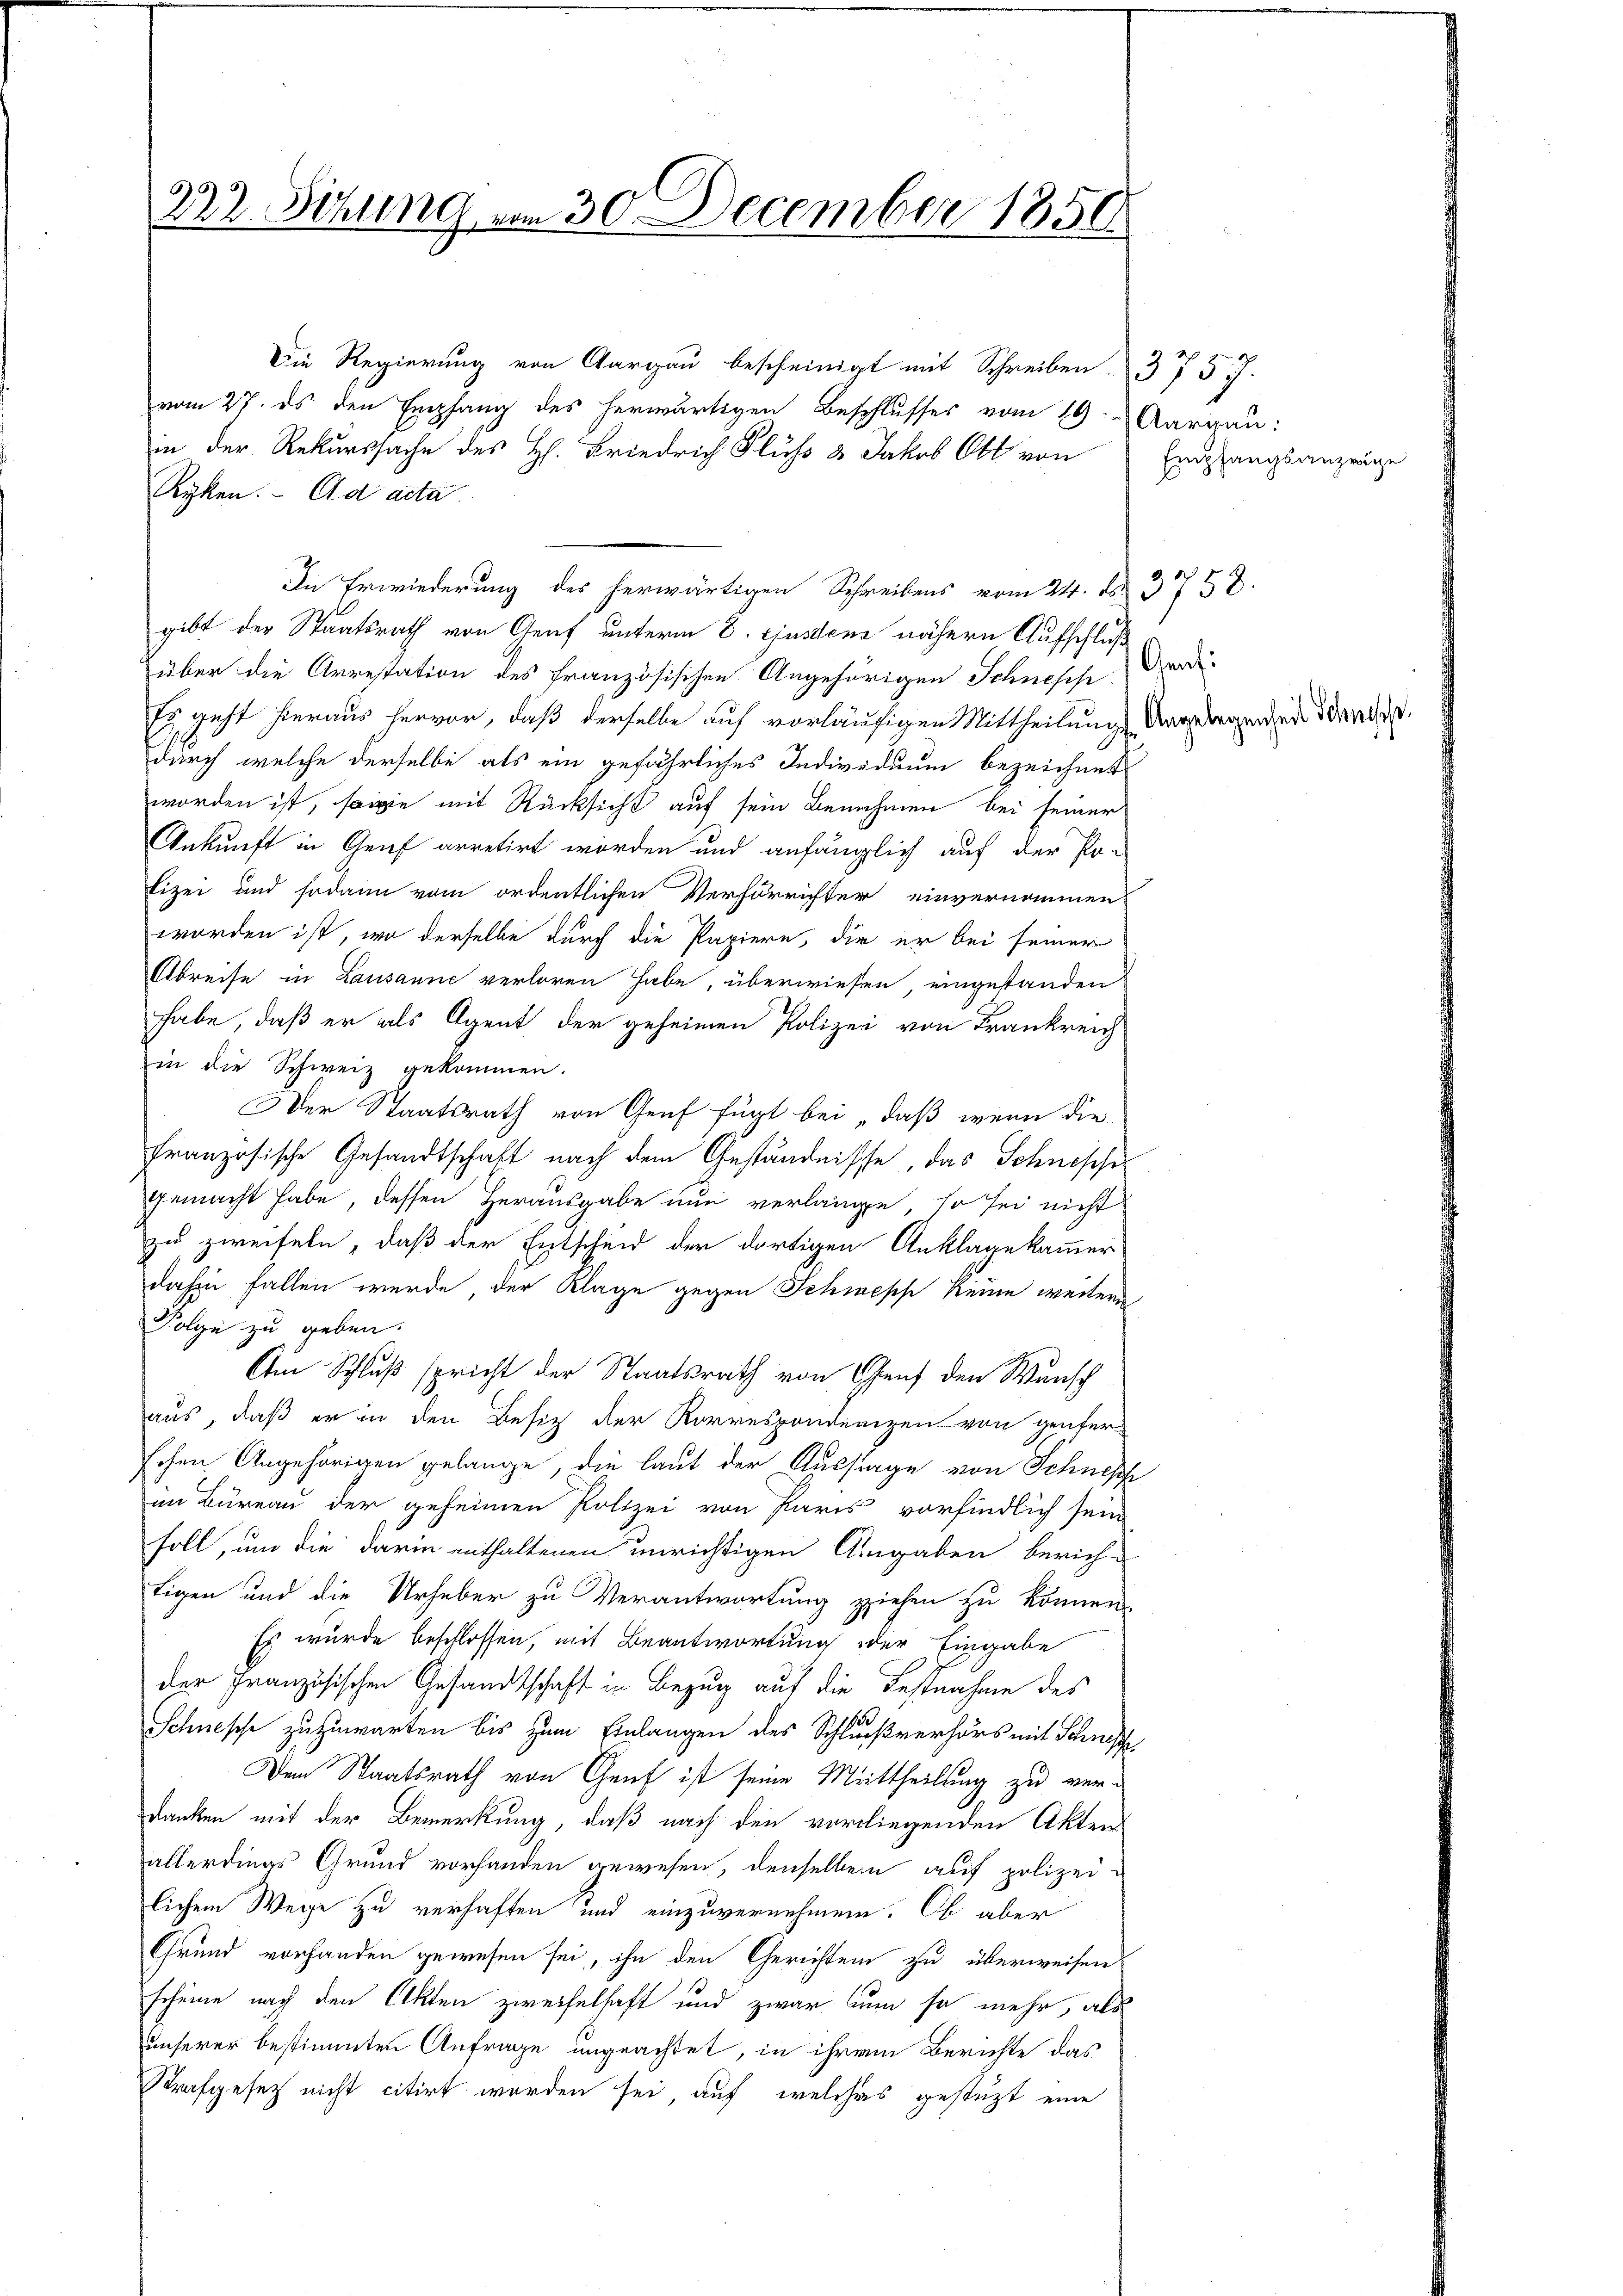
222. Sitzung vom 30. December 1850

Die Regierung von Aargau bescheinigt mit Schreiben 375 f.
vom 27. ds den Empfang des herwärtigen Beschlusses vom 19. Aargau:
in der Rekurssache des H. Friedrich Fluß & Jakob Ott von
Ryken. Ad acta
In Erwiederung des herwärtigen Schreibens vom 24. ds. 3758.
gibt der Staatsrath von Graf unterm 8. ejusden nähern Aufschluß
über die Arrestation des Französischen Angehörigen Schnesch
Es geht hieraus hervor, daß derselbe auf vorläufigen Mittheilung dagegenden Standes
durch welche derselbe als ein gefährliches Individuum bezeichnet
worden ist, sowie mit Rücksicht auf sein Benehmen bei seiner
Ankunft in Genf arretirt worden und anfänglich auf der Pa-
lizei und sodann vom ordentlichen Verfürrichter einvernommen
worden ist, wo derselbe durch die Papiere, die er bei seiner
Abreise in Lausanne verloren habe, überwiesen eingestanden
habe, daß er als Agent der geheimen Polizei von Frankreich
in die Schweiz gekommen.
Der Staatsrath von Genf fügt bei „daß wenn die
französische Gesandtschaft nach dem Geständnisse, das Schnessegemacht habe, dessen Herausgabe nun verlange, so sei nicht
zu zweifeln, daß der Entscheid der dortigen Anklage kammer
dahin fallen werde, der Klage gegen Schmesse keine weitere
Folge zu geben.
Am Schluß spricht der Staatsrath von Genf den Wunsch
aus, daß er in den Besiz der Korrespondenzen von genter-
schen Angehörigen gelange, die laut der Aussage von Schnepf
im Büreau der geheimen Polizei von Paris vorfindlich sein
soll, um die darin enthaltenen unrichtigen Angaben berich-
tigen und die Urheber zu Verantwortung ziehen zu können.
Es wurde beschlossen, mit Beantwortung der Eingabe
der Französischen Gesandtschaft in Bezug auf die Festnahme des
Schnische zuzuwarten bis zum Einlangen des Schlußverhörs mit Schnesse
Dem Staatsrath von Genf ist seine Mittheilung zu verdanken mit der Bemerkung, daß nach den vorliegenden Akten
allerdings Grund vorhanden gewesen, denselben auf polizeilichem Wege zu verhaften und einzuvernehmen. Ob aber
Grund vorhanden gewesen sei, ihn den Gerichten zu überweisen
scheine nach den Akten zweifelhaft und zwar bum so mehr, als
unserer bestimmten Anfrage ungeachtet, in ihrem Berichte das
Strafgesetz nicht citirt worden sei, auf welches gestützt eine

Empfangsanzeige

Graf: